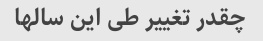
چقدر تغییر طی این سالها